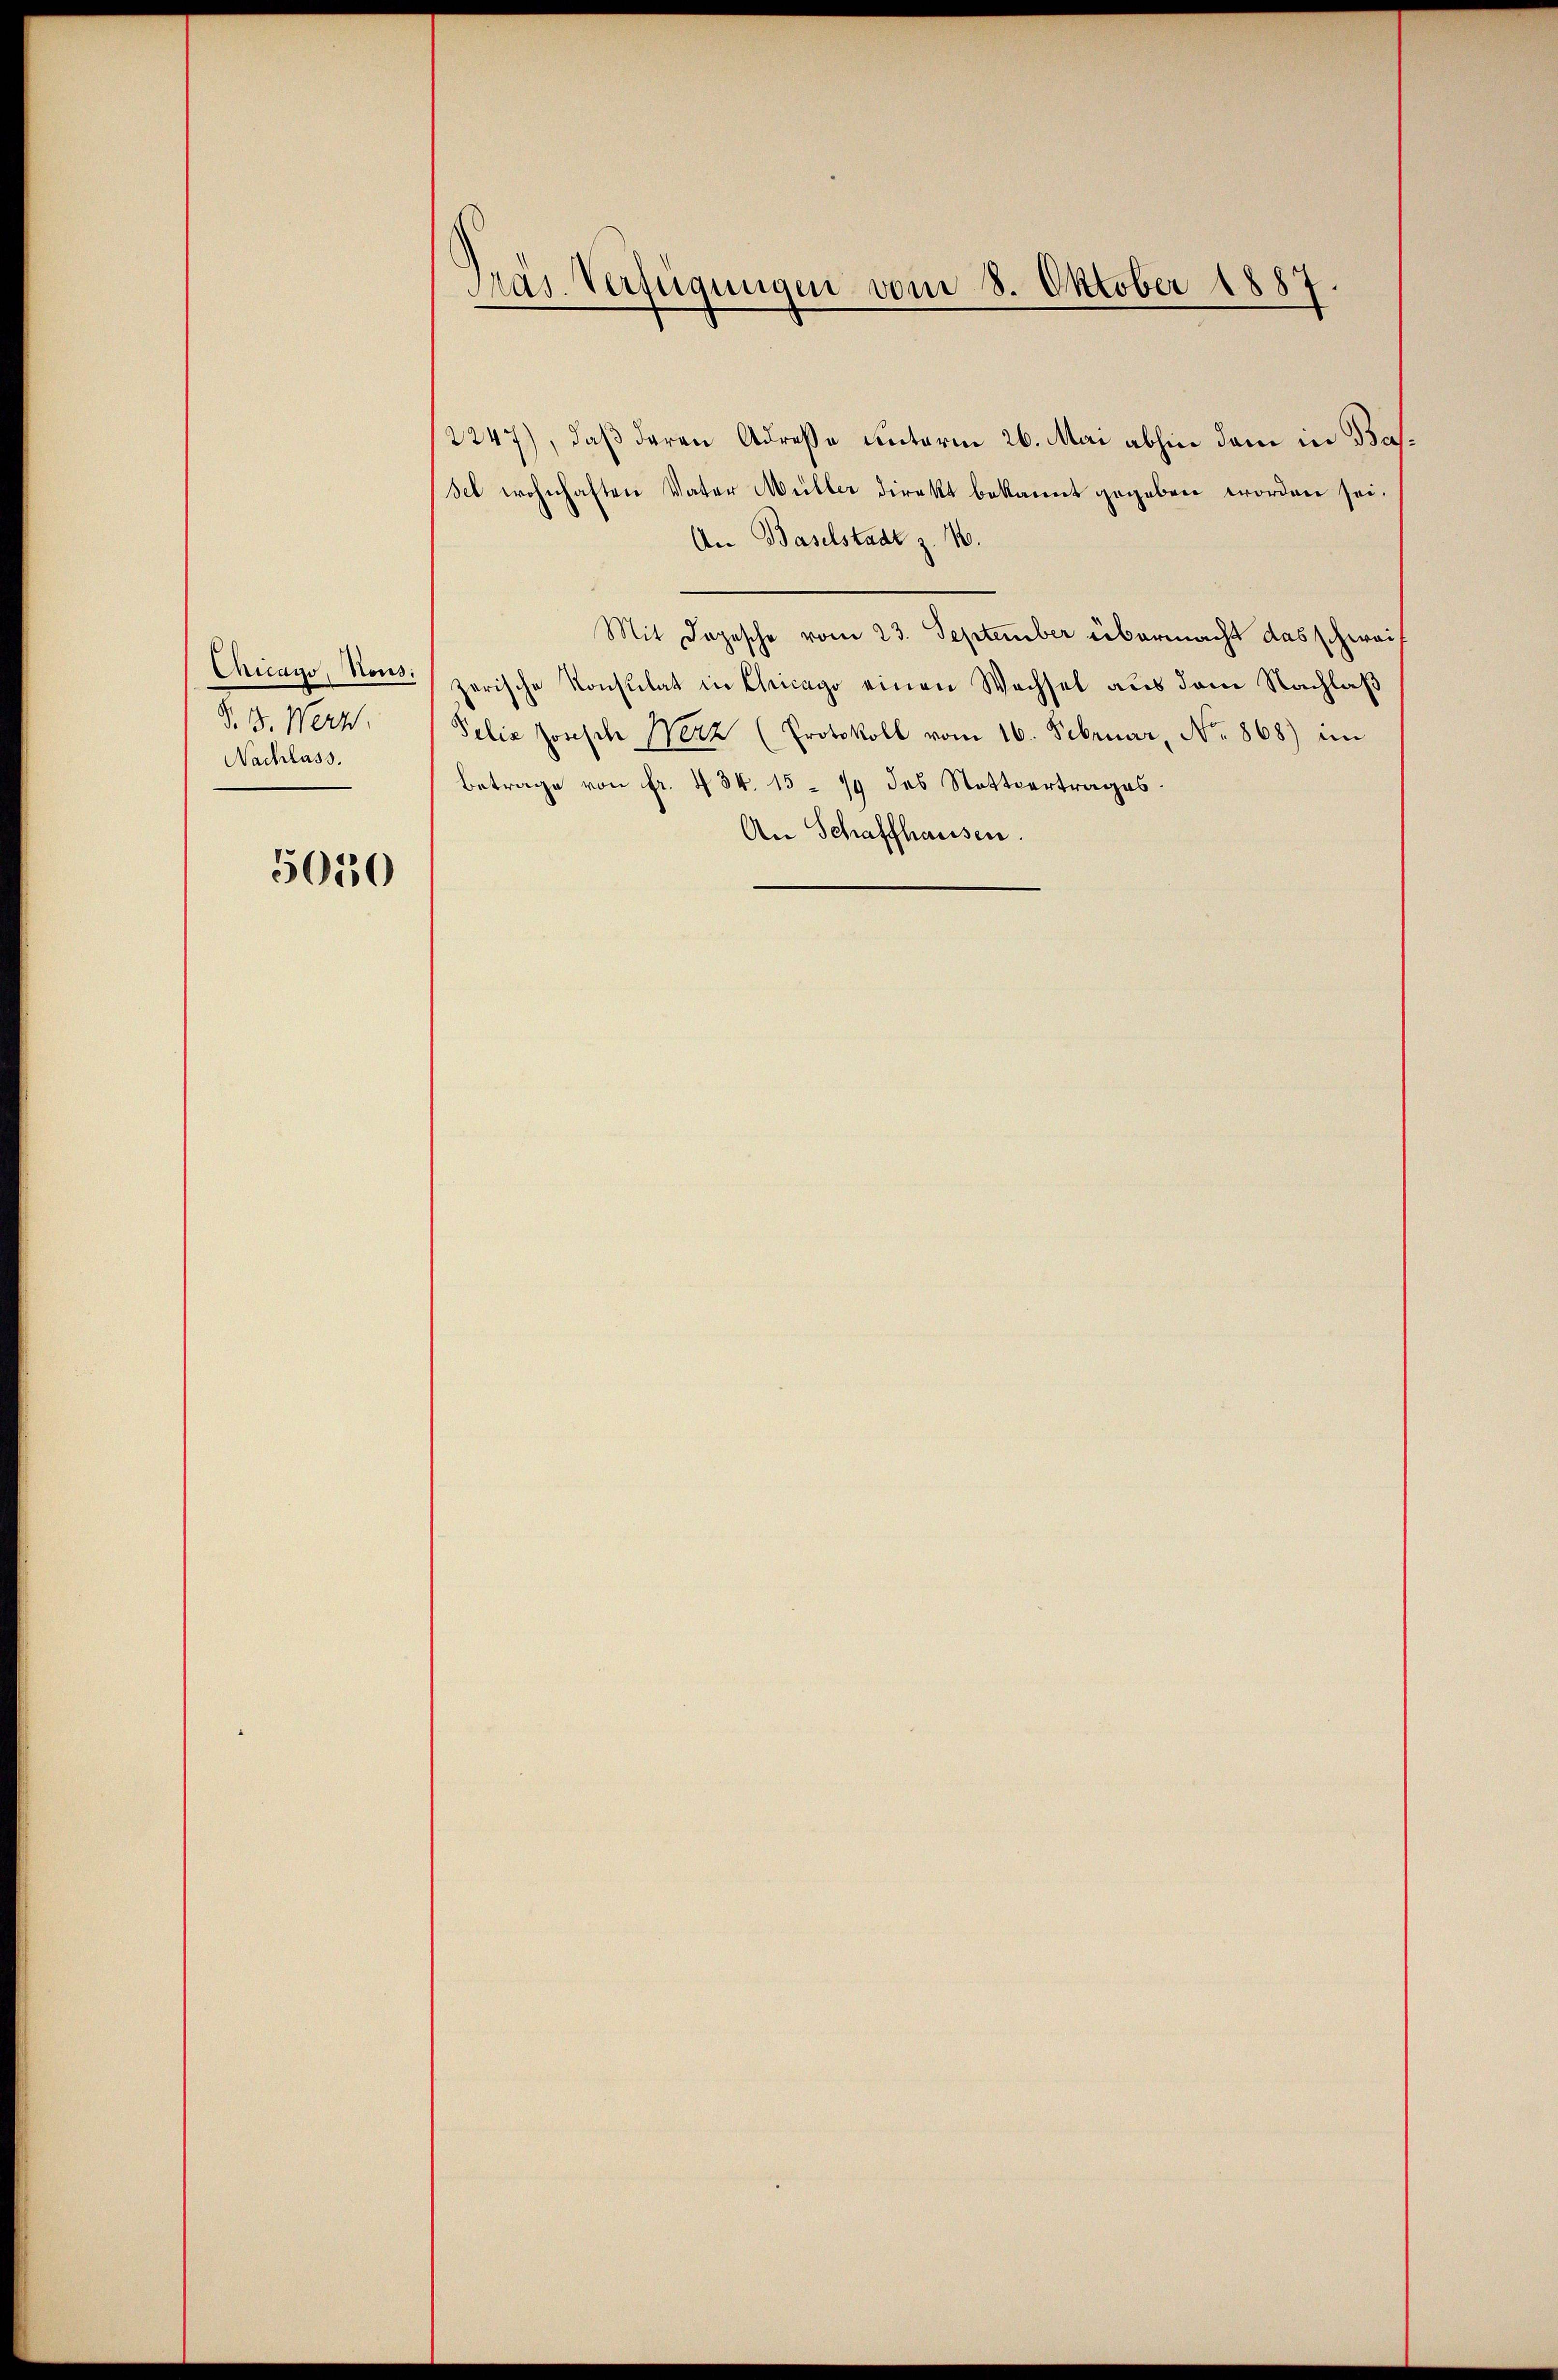
§. 3. Werz.
Nachlass.

5050

2247), daß deren Adreße unterm 26. Mai abhin dann in Basset wohnhaften Vater Müller direkt bekannt gegeben worden sei.
An Baselstadt z. 1.
Mit Depesche vom 23. September übermacht das schweif
Chicago, Nons. zerische Konsulat in Chicago einen Wachsel aus dem Nachlaß
Pelia Joseph Netz (Protokoll vom 16. Februar, No. 868) im
Betrage von fr. 434. 15 - 79 des Stattvertrages.
An Schaffhausen.

Gras Verfügungen vom 8. Oktober 1887